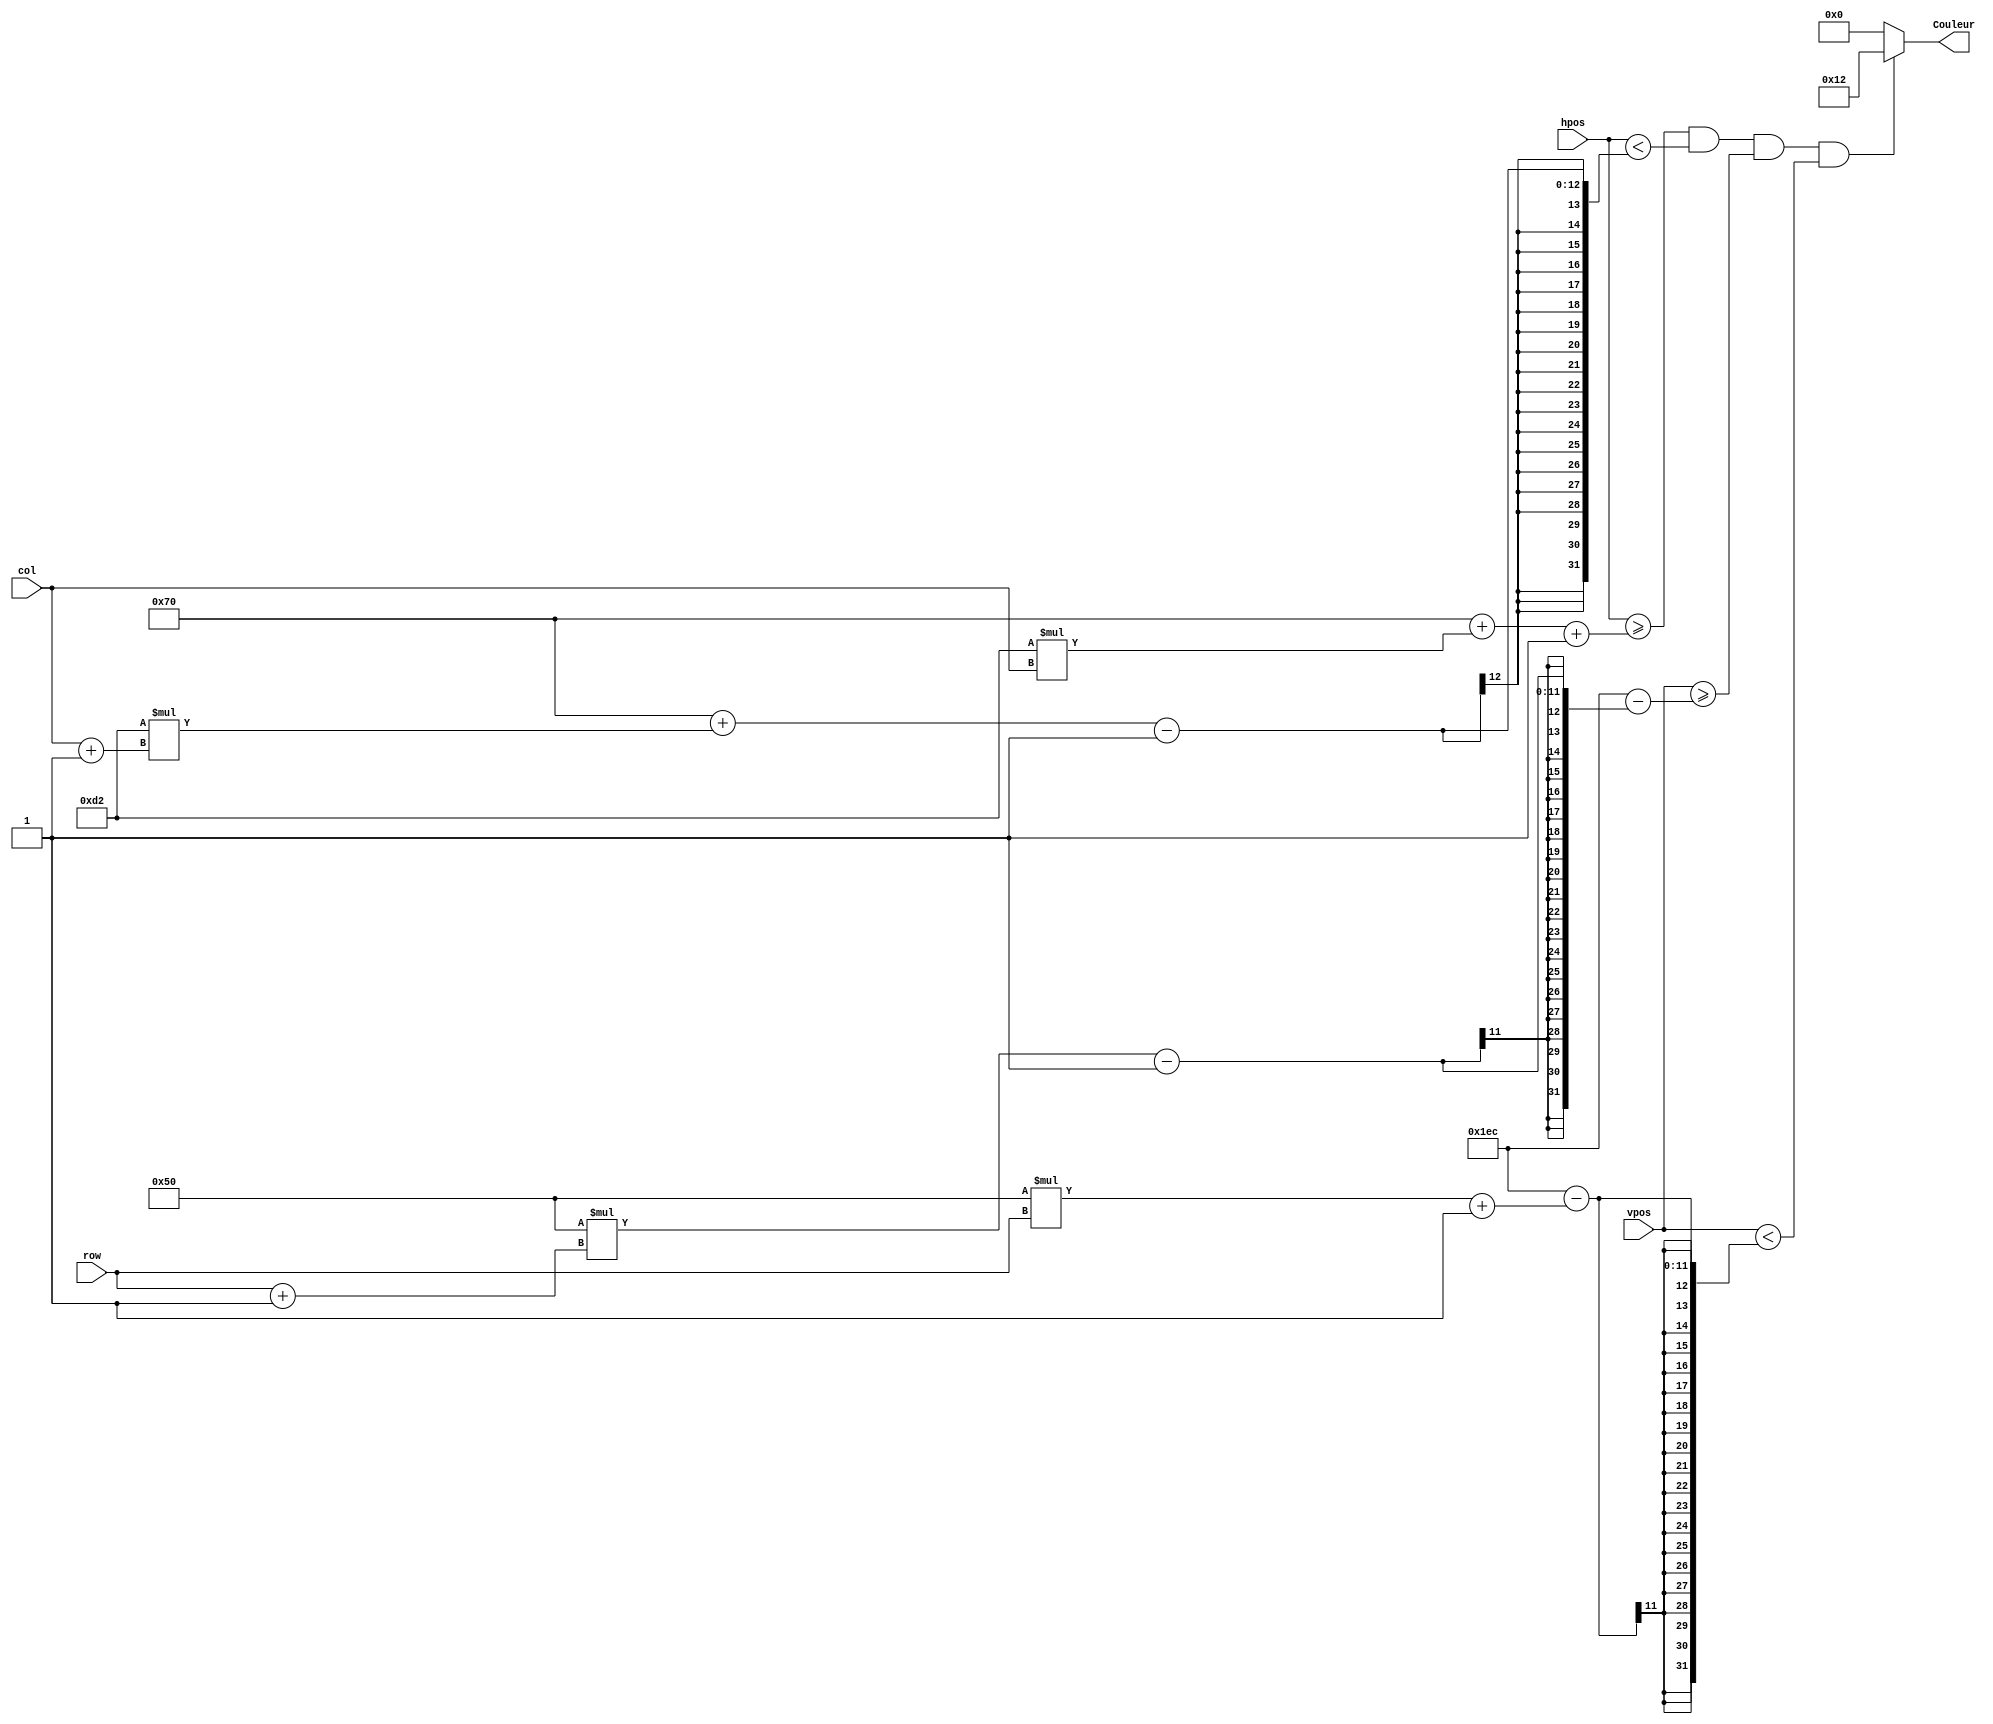
`timescale 1ns / 1ps
//////////////////////////////////////////////////////////////////////////////////
// Company: 
// Engineer: 
// 
// Design Name: 
// Module Name:    Brique 
// Project Name: 
// Target Devices: 
// Tool versions: 
// Description: 
//
// Dependencies: 
//
// Revision: 
// Revision 0.01 - File Created
// Additional Comments: 
//
//////////////////////////////////////////////////////////////////////////////////
module Brique(
    input [1:0] col,
    input [2:0] row,
    input [10:0] hpos,
    input [10:0] vpos,
    output reg [4:0] Couleur
    );
	 
	 localparam LARGEUR_BRIQUE=210; 
	 localparam HAUTEUR_BRIQUE=80;
	 localparam INTERVALLE_BRIQUE=1;
	 // rouge {Rouge7,Vert0,Bleu0}
	 localparam COULEUR_BRIQUE=2*9;
	 localparam Blanc=0;
	 
	 localparam HsyncPulseTime=800;
	 localparam HDisplayTime=640;
	 localparam HVSpulseWidth=96;
	 localparam HVSfrontPorch=16;
	 localparam HVSbackPorch=48;
	 
	 localparam VsyncPulseTime=521;
	 localparam VDisplayTime=480;
	 localparam VVSpulseWidth=2;
	 localparam VVSfrontPorch=10;
	 localparam VVSbackPorch=29;
	 
	 always @(*) begin
		Couleur=Blanc;
		if (hpos>=HVSpulseWidth+HVSfrontPorch+LARGEUR_BRIQUE*col+INTERVALLE_BRIQUE
			&& hpos<HVSpulseWidth+HVSfrontPorch+LARGEUR_BRIQUE*(col+1)-INTERVALLE_BRIQUE
			&& vpos>=VVSpulseWidth+VVSfrontPorch+VDisplayTime-(HAUTEUR_BRIQUE*(row+1)-INTERVALLE_BRIQUE)
			&& vpos<VVSpulseWidth+VVSfrontPorch+VDisplayTime-(HAUTEUR_BRIQUE*row+INTERVALLE_BRIQUE))
				Couleur=COULEUR_BRIQUE;
	 end


endmodule